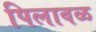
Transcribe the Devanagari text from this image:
पिलावळ